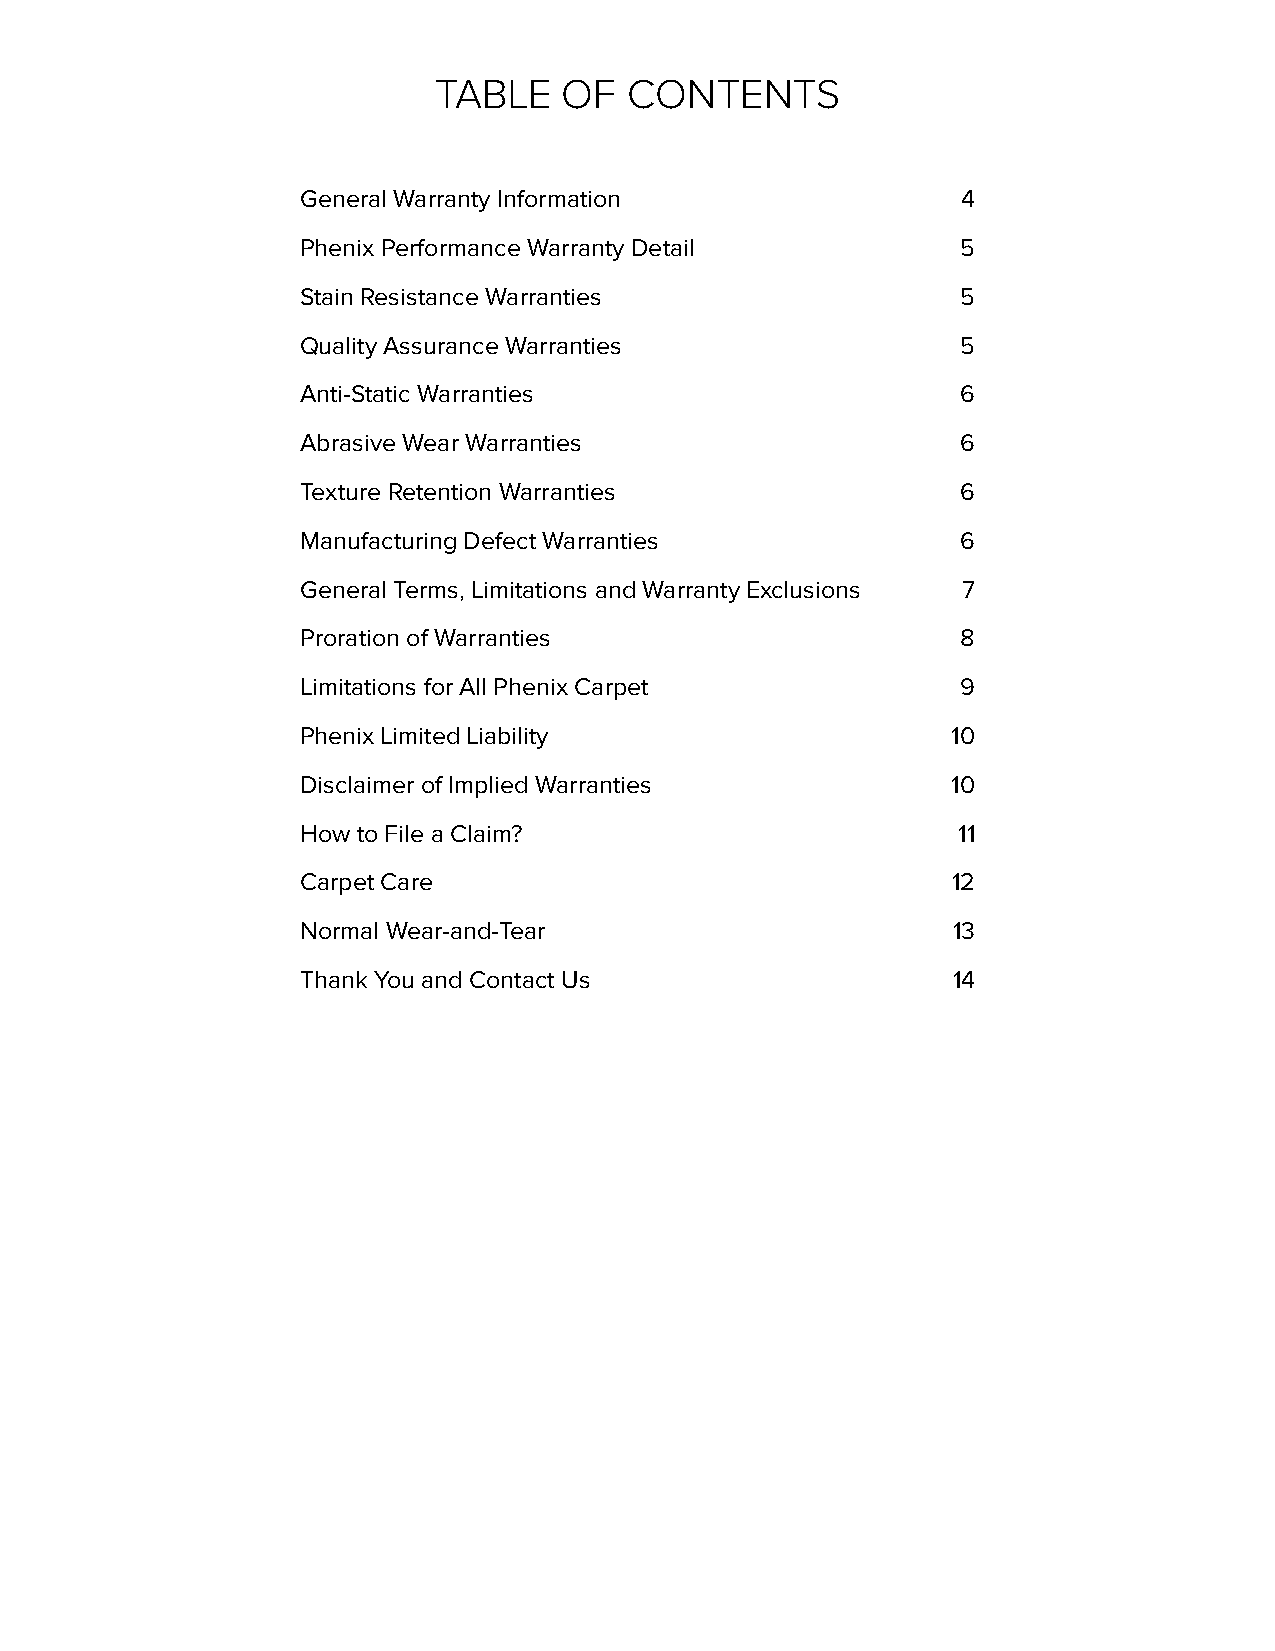
TABLE   OF   CONTENTS
 General Warranty Information                4
 Phenix Performance Warranty Detail          5
 Stain Resistance Warranties                 5
 Quality Assurance Warranties                5
 Anti-Static Warranties                      6
 Abrasive Wear Warranties                    6
 Texture Retention Warranties                6
 Manufacturing Defect Warranties             6
 General Terms, Limitations and Warranty Exclusions 7
 Proration of Warranties                     8
 Limitations for All Phenix Carpet           9
 Phenix Limited Liability                   10
 Disclaimer of Implied Warranties           10
 How to File a Claim?                       11
 Carpet Care                                12
 Normal Wear-and-Tear                       13
 Thank You and Contact Us                   14